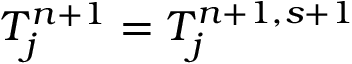
T _ { j } ^ { n + 1 } = T _ { j } ^ { n + 1 , s + 1 }